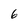
Character: 6